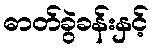
ဓာတ်ခွဲခန်းနှင့်